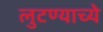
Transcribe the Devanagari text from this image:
लुटण्याच्ये